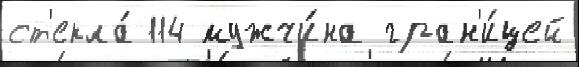
ст'екла́ 114 мужчи́на гран'и́цей